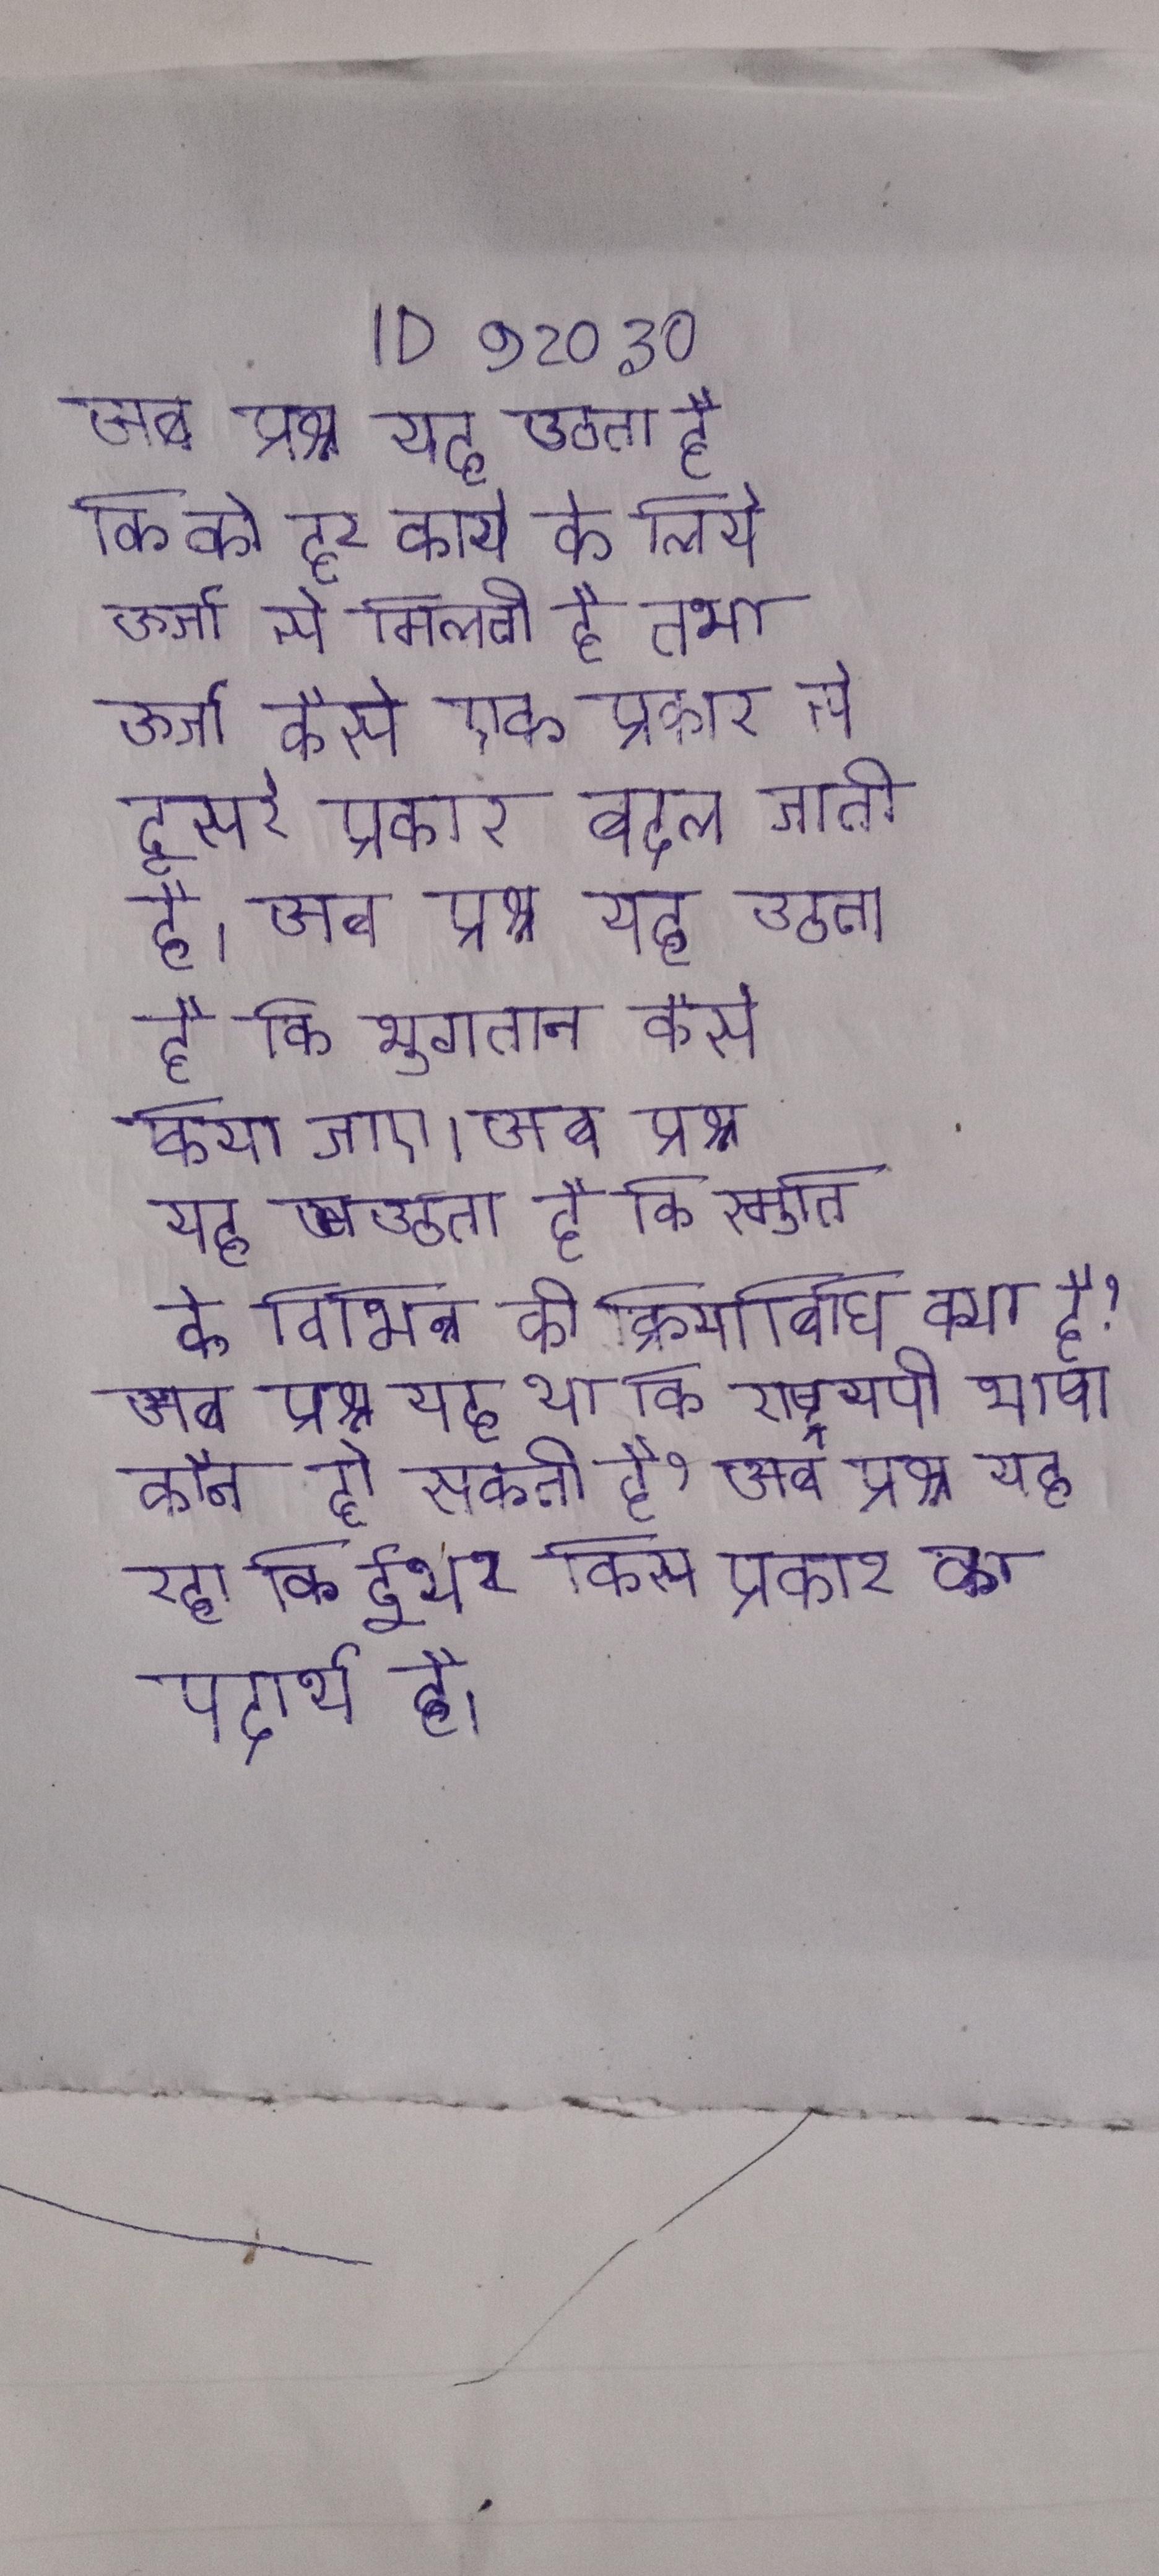
अब प्रश्न यह उठता है कि को हर कार्य के लिये ऊर्जा से मिलती है तथा ऊर्जा कैसे एक प्रकार से दूसरे प्रकार बदल जाती है । अब प्रश्न यह उठता है कि भुगतान कैसे किया जाए । अब प्रश्न यह उठता है कि स्मृति के विभिन्न की क्रियाविधि क्या है? अब प्रश्न यह था कि राष्ट्रव्यापी भाषा कौन हो सकती है? अब प्रश्न यह रहा कि ईथर किस प्रकार का पदार्थ है ।